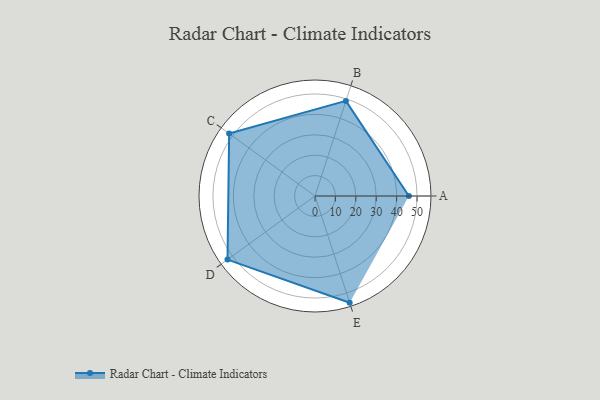
{"axis": {"x": "Skill", "y": "Score"}, "legend": ["Profile"], "data": [{"x": "A", "y": 46.0, "type": "Profile"}, {"x": "B", "y": 49.0, "type": "Profile"}, {"x": "C", "y": 52.0, "type": "Profile"}, {"x": "D", "y": 53.0, "type": "Profile"}, {"x": "E", "y": 55.0, "type": "Profile"}]}